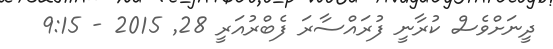
ދީނަށްވެސް ކުރާނީ ފުރައްސާރަ ފެބްރުއަރީ 28